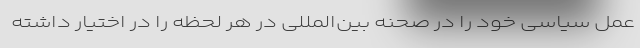
عمل سیاسی خود را در صحنه بین‌المللی در هر لحظه را در اختیار داشته